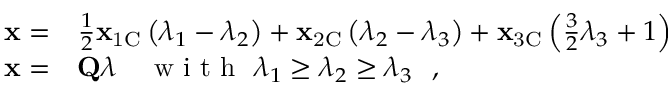
\begin{array} { r l } { \mathbf { x } = } & { { } \frac { 1 } { 2 } \mathbf { x } _ { \mathrm { 1 C } } \left( \lambda _ { 1 } - \lambda _ { 2 } \right) + \mathbf { x } _ { \mathrm { 2 C } } \left( \lambda _ { 2 } - \lambda _ { 3 } \right) + \mathbf { x } _ { \mathrm { 3 C } } \left( \frac { 3 } { 2 } \lambda _ { 3 } + 1 \right) } \\ { \mathbf { x } = } & { { } \mathbf { Q } \boldsymbol { \lambda } \quad \mathrm { ~ w ~ i ~ t ~ h ~ } \ \lambda _ { 1 } \geq \lambda _ { 2 } \geq \lambda _ { 3 } \ \mathrm { ~ , ~ } } \end{array}